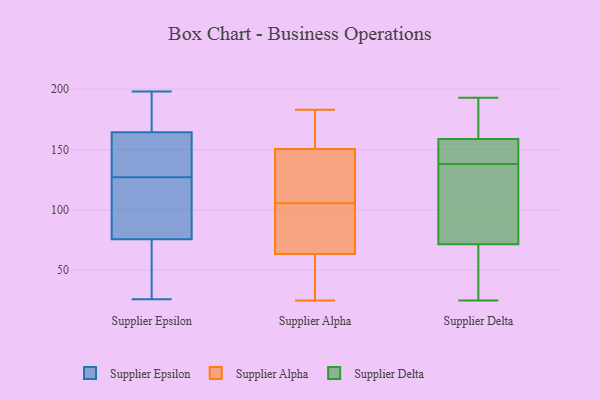
{"axis": {"x": "Gross Profit (USD K)", "y": "Value"}, "legend": ["Supplier Alpha", "Supplier Delta", "Supplier Epsilon"], "data": [{"x": "", "y": 96, "type": "Supplier Epsilon"}, {"x": "", "y": 151, "type": "Supplier Epsilon"}, {"x": "", "y": 134, "type": "Supplier Epsilon"}, {"x": "", "y": 57, "type": "Supplier Epsilon"}, {"x": "", "y": 189, "type": "Supplier Epsilon"}, {"x": "", "y": 159, "type": "Supplier Epsilon"}, {"x": "", "y": 180, "type": "Supplier Epsilon"}, {"x": "", "y": 52, "type": "Supplier Epsilon"}, {"x": "", "y": 26, "type": "Supplier Epsilon"}, {"x": "", "y": 127, "type": "Supplier Epsilon"}, {"x": "", "y": 82, "type": "Supplier Epsilon"}, {"x": "", "y": 198, "type": "Supplier Epsilon"}, {"x": "", "y": 113, "type": "Supplier Epsilon"}, {"x": "", "y": 127, "type": "Supplier Epsilon"}, {"x": "", "y": 119, "type": "Supplier Epsilon"}, {"x": "", "y": 181, "type": "Supplier Epsilon"}, {"x": "", "y": 32, "type": "Supplier Epsilon"}, {"x": "", "y": 166, "type": "Supplier Alpha"}, {"x": "", "y": 81, "type": "Supplier Alpha"}, {"x": "", "y": 149, "type": "Supplier Alpha"}, {"x": "", "y": 25, "type": "Supplier Alpha"}, {"x": "", "y": 102, "type": "Supplier Alpha"}, {"x": "", "y": 52, "type": "Supplier Alpha"}, {"x": "", "y": 179, "type": "Supplier Alpha"}, {"x": "", "y": 75, "type": "Supplier Alpha"}, {"x": "", "y": 122, "type": "Supplier Alpha"}, {"x": "", "y": 51, "type": "Supplier Alpha"}, {"x": "", "y": 183, "type": "Supplier Alpha"}, {"x": "", "y": 181, "type": "Supplier Alpha"}, {"x": "", "y": 47, "type": "Supplier Alpha"}, {"x": "", "y": 109, "type": "Supplier Alpha"}, {"x": "", "y": 93, "type": "Supplier Alpha"}, {"x": "", "y": 29, "type": "Supplier Alpha"}, {"x": "", "y": 83, "type": "Supplier Alpha"}, {"x": "", "y": 120, "type": "Supplier Alpha"}, {"x": "", "y": 134, "type": "Supplier Alpha"}, {"x": "", "y": 152, "type": "Supplier Alpha"}, {"x": "", "y": 92, "type": "Supplier Delta"}, {"x": "", "y": 181, "type": "Supplier Delta"}, {"x": "", "y": 146, "type": "Supplier Delta"}, {"x": "", "y": 25, "type": "Supplier Delta"}, {"x": "", "y": 152, "type": "Supplier Delta"}, {"x": "", "y": 135, "type": "Supplier Delta"}, {"x": "", "y": 193, "type": "Supplier Delta"}, {"x": "", "y": 67, "type": "Supplier Delta"}, {"x": "", "y": 179, "type": "Supplier Delta"}, {"x": "", "y": 73, "type": "Supplier Delta"}, {"x": "", "y": 147, "type": "Supplier Delta"}, {"x": "", "y": 58, "type": "Supplier Delta"}, {"x": "", "y": 138, "type": "Supplier Delta"}]}